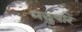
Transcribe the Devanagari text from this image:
मछुवारे